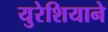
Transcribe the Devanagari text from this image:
युरेशियाने